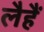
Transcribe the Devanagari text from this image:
लैहैं